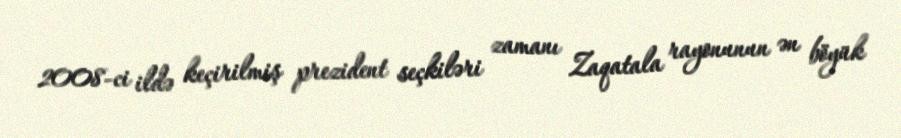
2008-ci ildə keçirilmiş prezident seçkiləri zamanı Zaqatala rayonunun ən böyük